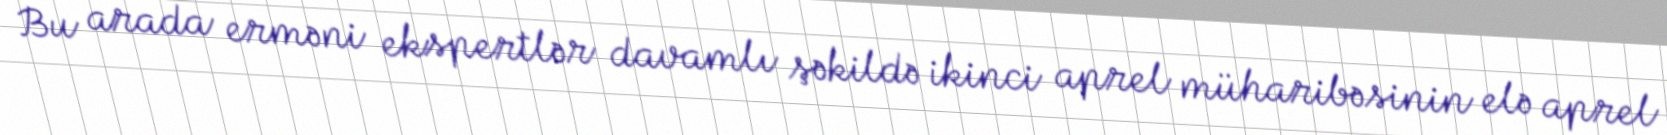
Bu arada erməni ekspertlər davamlı şəkildə ikinci aprel müharibəsinin elə aprel